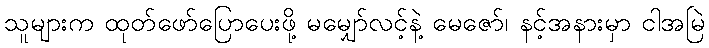
သူများက ထုတ်ဖော်ပြောပေးဖို့ မမျှော်လင့်နဲ့ မေဇော်၊ နင့်အနားမှာ ငါအမြဲ